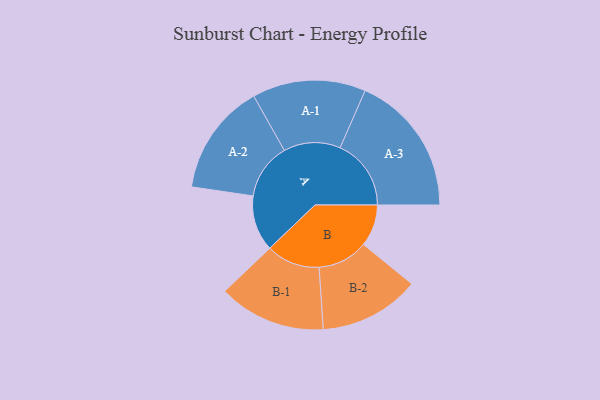
{"axis": {"x": "Segment", "y": "Value"}, "legend": ["", "A", "B"], "data": [{"x": "A", "y": 218, "type": ""}, {"x": "B", "y": 164, "type": ""}, {"x": "A-1", "y": 222, "type": "A"}, {"x": "A-2", "y": 219, "type": "A"}, {"x": "A-3", "y": 278, "type": "A"}, {"x": "B-1", "y": 210, "type": "B"}, {"x": "B-2", "y": 197, "type": "B"}]}